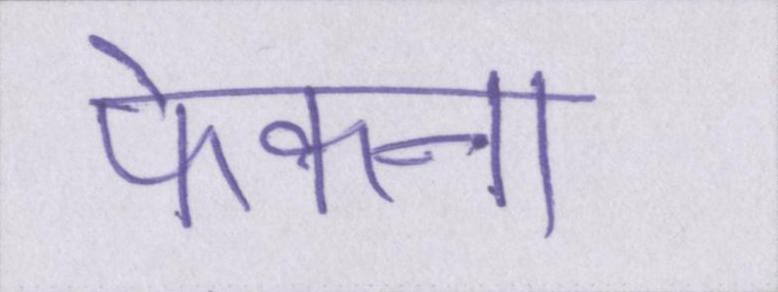
फेकना